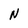
Character: N